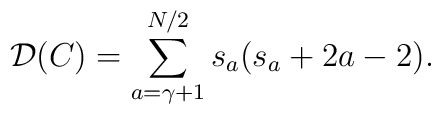
{\mathcal D}(C) = \sum^{N/2}_{a=\gamma+1} s_a(s_a + 2a -2).